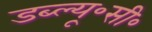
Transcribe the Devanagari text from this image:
डब्ल्यू॰सी॰